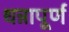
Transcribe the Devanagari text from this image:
धन्नापूर्ण